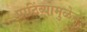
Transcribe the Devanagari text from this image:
पाठिंब्यामुळेच